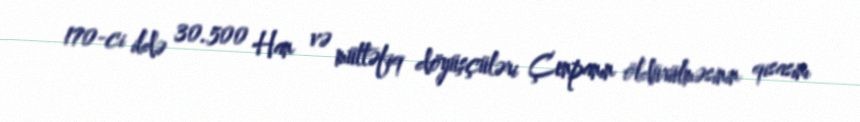
170-ci ildə 30.500 Han və müttəfiq döyüşçüləri Çenpanın öldürülməsinin qisasını